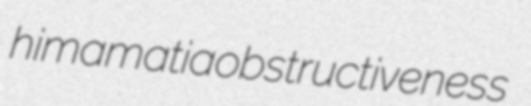
himamatia obstructiveness